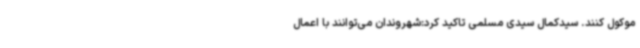
موکول کنند. سیدکمال سیدی مسلمی تاکید کرد:شهروندان می‌توانند با اعمال